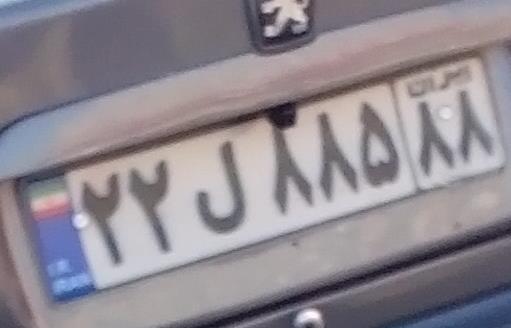
۲۲ل۸۸۵۸۸